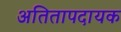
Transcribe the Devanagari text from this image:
अतितापदायक